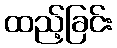
ထည့်ခြင်း